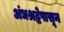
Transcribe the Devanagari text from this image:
अंधश्रद्धेपासून